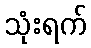
သုံးရက်